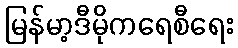
မြန်မာ့ဒီမိုကရေစီရေး